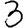
Digit: 3